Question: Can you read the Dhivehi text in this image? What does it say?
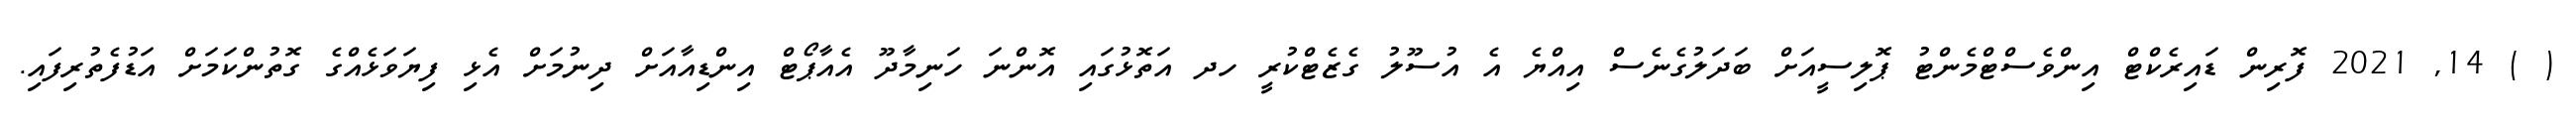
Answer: ( ) 14, 2021 ފޮރިން ޑައިރެކްޓް އިންވެސްޓްމެންޓު ޕޮލިސީއަށް ބަދަލުގެނެސް އިއްޔެ އެ އުސޫލު ގެޒެޓްކުރީ ހދ އަތޮޅުގައި އޮންނަ ހަނިމާދޫ އެއާޕޯޓް އިންޑިއާއަށް ދިނުމަށް އެޅި ފިޔަވަޅެއްގެ ގޮތުންކަމަށް އަޑުފެތުރިފައި.